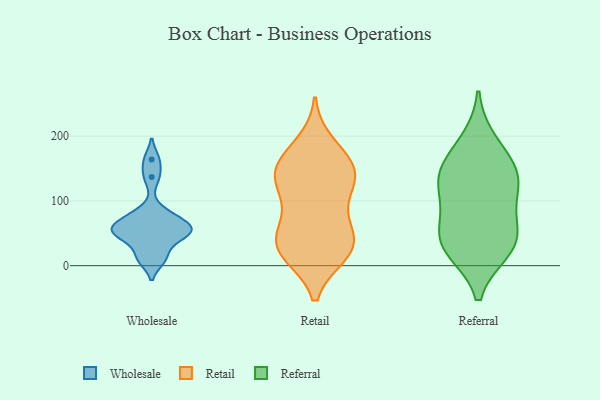
{"axis": {"x": "Budget (USD K)", "y": "Value"}, "legend": ["Referral", "Retail", "Wholesale"], "data": [{"x": "", "y": 49, "type": "Wholesale"}, {"x": "", "y": 58, "type": "Wholesale"}, {"x": "", "y": 164, "type": "Wholesale"}, {"x": "", "y": 52, "type": "Wholesale"}, {"x": "", "y": 137, "type": "Wholesale"}, {"x": "", "y": 75, "type": "Wholesale"}, {"x": "", "y": 81, "type": "Wholesale"}, {"x": "", "y": 55, "type": "Wholesale"}, {"x": "", "y": 61, "type": "Wholesale"}, {"x": "", "y": 40, "type": "Wholesale"}, {"x": "", "y": 10, "type": "Wholesale"}, {"x": "", "y": 13, "type": "Wholesale"}, {"x": "", "y": 141, "type": "Retail"}, {"x": "", "y": 136, "type": "Retail"}, {"x": "", "y": 152, "type": "Retail"}, {"x": "", "y": 47, "type": "Retail"}, {"x": "", "y": 109, "type": "Retail"}, {"x": "", "y": 137, "type": "Retail"}, {"x": "", "y": 18, "type": "Retail"}, {"x": "", "y": 62, "type": "Retail"}, {"x": "", "y": 63, "type": "Retail"}, {"x": "", "y": 30, "type": "Retail"}, {"x": "", "y": 169, "type": "Retail"}, {"x": "", "y": 19, "type": "Retail"}, {"x": "", "y": 154, "type": "Retail"}, {"x": "", "y": 24, "type": "Retail"}, {"x": "", "y": 27, "type": "Retail"}, {"x": "", "y": 113, "type": "Retail"}, {"x": "", "y": 188, "type": "Retail"}, {"x": "", "y": 31, "type": "Referral"}, {"x": "", "y": 24, "type": "Referral"}, {"x": "", "y": 154, "type": "Referral"}, {"x": "", "y": 29, "type": "Referral"}, {"x": "", "y": 117, "type": "Referral"}, {"x": "", "y": 62, "type": "Referral"}, {"x": "", "y": 151, "type": "Referral"}, {"x": "", "y": 192, "type": "Referral"}, {"x": "", "y": 134, "type": "Referral"}, {"x": "", "y": 112, "type": "Referral"}, {"x": "", "y": 56, "type": "Referral"}]}